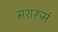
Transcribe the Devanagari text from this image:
मशरूमं